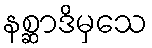
နစ္ဆာဒိမှသေ